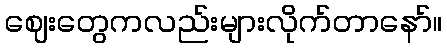
ဈေးတွေကလည်းများလိုက်တာနော်။